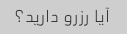
آیا رزرو دارید؟